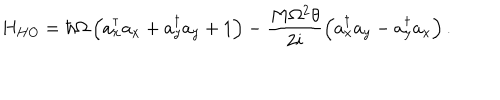
H _ { H O } = \hbar \Omega \left( a _ { x } ^ { \dagger } a _ { x } + a _ { y } ^ { \dagger } a _ { y } + 1 \right) - \frac { M \Omega ^ { 2 } \theta } { 2 i } \left( a _ { x } ^ { \dagger } a _ { y } - a _ { y } ^ { \dagger } a _ { x } \right) .